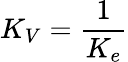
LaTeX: K_{V}={\frac{1}{K_{e}}}